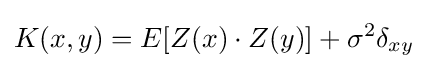
K(x,y)=E[Z(x)\cdot Z(y)]+\sigma ^{2}\delta _{xy}